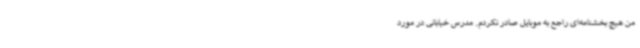
من هیچ بخشنامه‌ای راجع به موبایل صادر نکردم. مدرس خیابانی در مورد